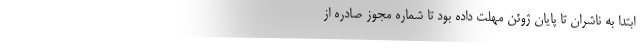
ابتدا به ناشران تا پایان ژوئن مهلت داده بود تا شماره مجوز صادره از